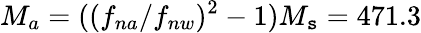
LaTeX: M_{a}=((f_{na}/f_{nw})^{2}-1)M_{\mathtt{s}}=471.3